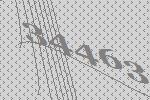
34463